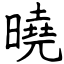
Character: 曉